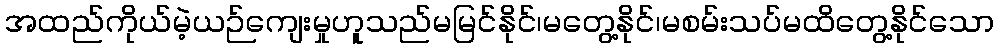
အထည်ကိုယ်မဲ့ယဉ်ကျေးမှုဟူသည်မမြင်နိုင်၊မတွေ့နိုင်၊မစမ်းသပ်မထိတွေ့နိုင်သော